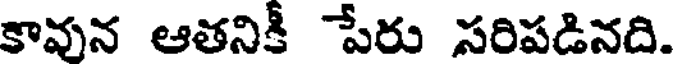
కావున ఆతనికీ పేరు సరిపడినది.